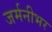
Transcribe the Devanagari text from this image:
जर्मनीभर